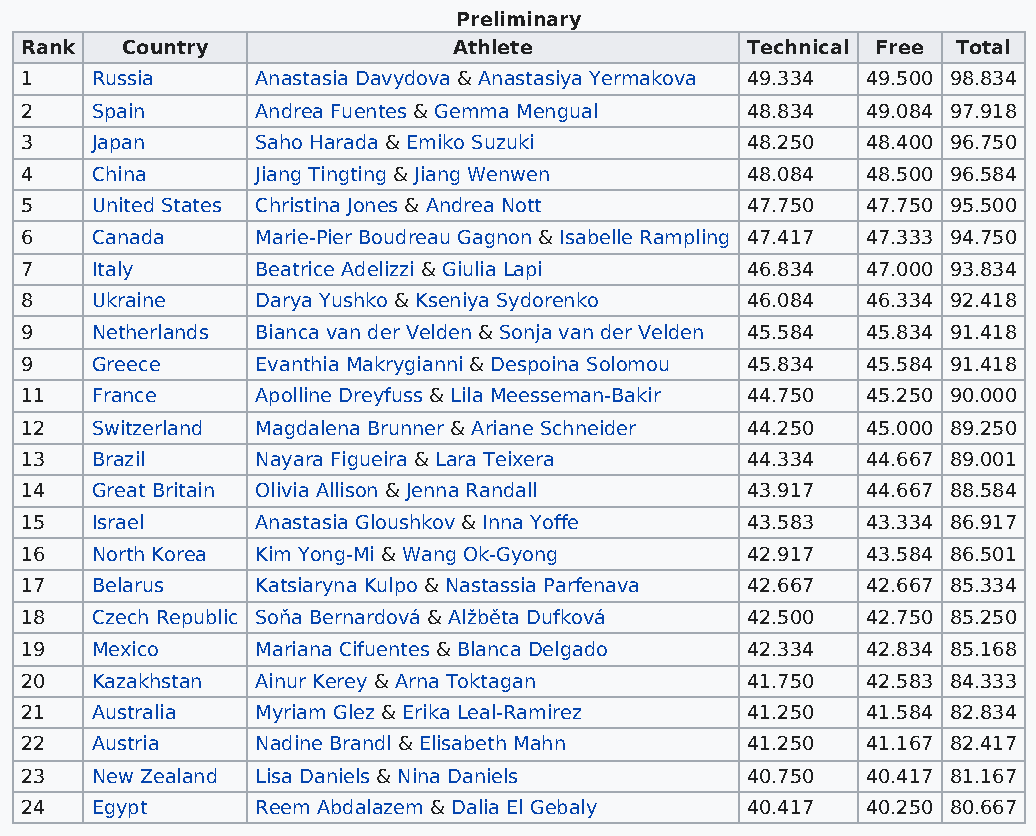
Preliminary
 Rank   Country               Athlete            Technical Free Total
 1    Russia     Anastasia Davydova & Anastasiya Yermakova 49.334 49.500 98.834
 2    Spain      Andrea Fuentes & Gemma Mengual  48.834  49.084 97.918
 3    Japan      Saho Harada & Emiko Suzuki      48.250  48.400 96.750
 4    China      Jiang Tingting & Jiang Wenwen   48.084  48.500 96.584
 5    United States Christina Jones & Andrea Nott 47.750 47.750 95.500
 6    Canada     Marie-Pier Boudreau Gagnon & Isabelle Rampling 47.417 47.333 94.750
 7    Italy      Beatrice Adelizzi & Giulia Lapi 46.834  47.000 93.834
 8    Ukraine    Darya Yushko & Kseniya Sydorenko 46.084 46.334 92.418
 9    Netherlands Bianca van der Velden & Sonja van der Velden 45.584 45.834 91.418
 9    Greece     Evanthia Makrygianni & Despoina Solomou 45.834 45.584 91.418
 11   France     Apolline Dreyfuss & Lila Meesseman-Bakir 44.750 45.250 90.000
 12   Switzerland Magdalena Brunner & Ariane Schneider 44.250 45.000 89.250
 13   Brazil     Nayara Figueira & Lara Teixera  44.334  44.667 89.001
 14   Great Britain Olivia Allison & Jenna Randall 43.917 44.667 88.584
 15   Israel     Anastasia Gloushkov & Inna Yoffe 43.583 43.334 86.917
 16   North Korea Kim Yong-Mi & Wang Ok-Gyong    42.917  43.584 86.501
 17   Belarus    Katsiaryna Kulpo & Nastassia Parfenava 42.667 42.667 85.334
 18   Czech Republic Soňa Bernardová & Alžběta Dufková 42.500 42.750 85.250
 19   Mexico     Mariana Cifuentes & Blanca Delgado 42.334 42.834 85.168
 20   Kazakhstan Ainur Kerey & Arna Toktagan     41.750  42.583 84.333
 21   Australia  Myriam Glez & Erika Leal-Ramirez 41.250 41.584 82.834
 22   Austria    Nadine Brandl & Elisabeth Mahn  41.250  41.167 82.417
 23   New Zealand Lisa Daniels & Nina Daniels    40.750  40.417 81.167
 24   Egypt      Reem Abdalazem & Dalia El Gebaly 40.417 40.250 80.667